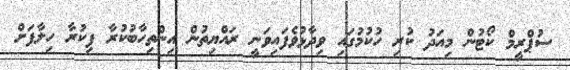
ސުޕްރީމް ކޯޓުން މިއަދު ކުރި ހުކުމުގައި ވިދާޅުވެފައިވަނީ ރައްޔިތުން އިންތިހާބުކުރާ ފިކުރާ ހިލާފަށް